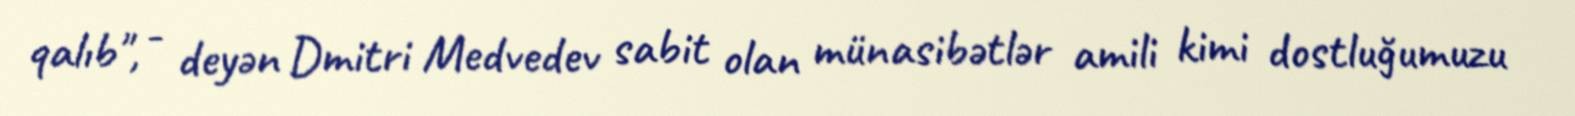
qalıb", - deyən Dmitri Medvedev sabit olan münasibətlər amili kimi dostluğumuzu